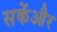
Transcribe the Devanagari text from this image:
सकेंऔर